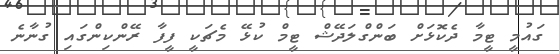
ގައުމީ ޓީމާ ދެކޮޅަށް ބަންގްލަދޭޝް ޓީމް ކުޅޭ މެޗަކީ ފީފާ ރޭންކިންގައި ގުނާނެ